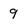
Character: 9